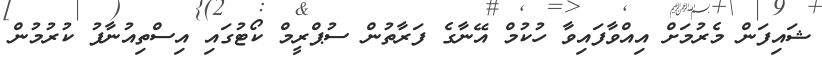
ޝައިފަން މެރުމަށް އިއްވާފައިވާ ހުކުމް އޭނާގެ ފަރާތުން ސުޕްރީމް ކޯޓުގައި އިސްތިއުނާފު ކުރުމުން